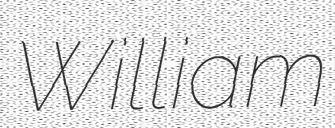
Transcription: William